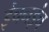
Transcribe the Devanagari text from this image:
इंचनइंच